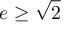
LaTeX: e \geq { \sqrt { 2 } }